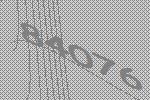
84076